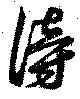
傍